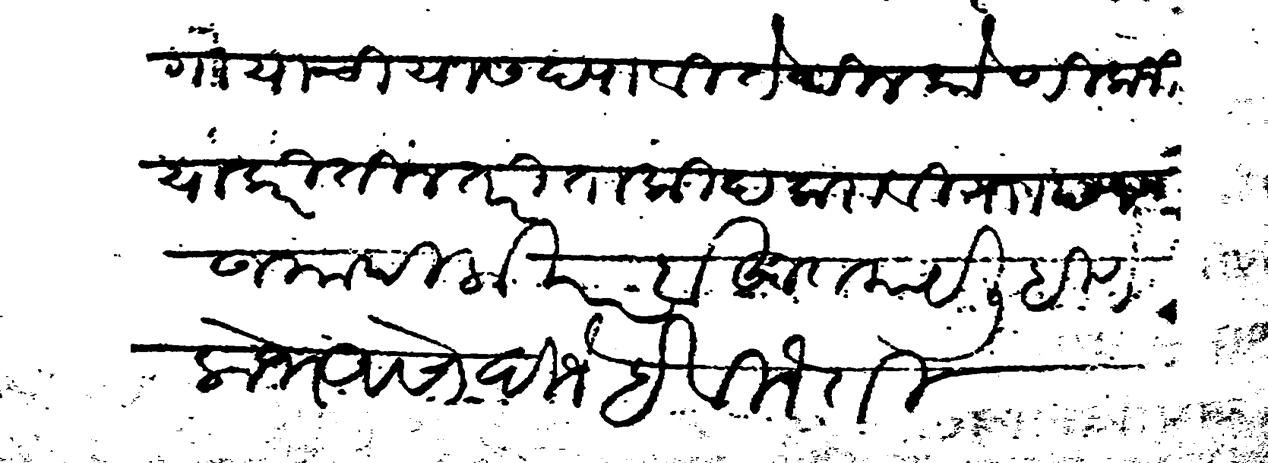
Transliteration (Devanagari): जागा याची यास द्यावी तेथील कोणी कजिया करीतील तरी ताकीद करावी र छ १० जमादिलाखर बहुत काय लिहिणे लोभ असो दिजे हे विनंती